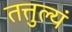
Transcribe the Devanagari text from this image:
तत्तुल्यं